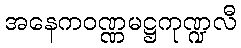
အနေကဝဏ္ဏမဋ္ဌကုဏ္ဍလီ